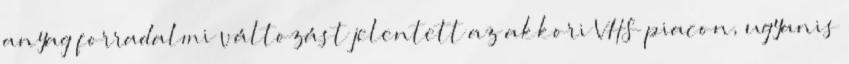
anyag forradalmi változást jelentett az akkori VHS piacon, ugyanis